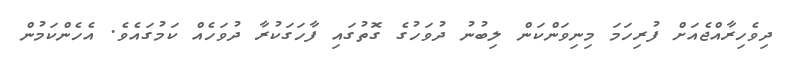
ދިވެހިރާއްޖެއަށް ފުރިހަމަ މިނިވަންކަން ލިބުނު ދުވަހުގެ ގޮތުގައި ފާހަގަކުރާ ދުވަހެއް ކަމުގައެވެ. އެހެންކަމުން